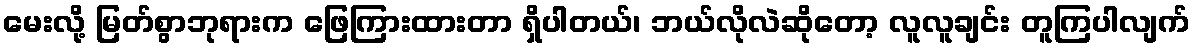
မေးလို့ မြတ်စွာဘုရားက ဖြေကြားထားတာ ရှိပါတယ်၊ ဘယ်လိုလဲဆိုတော့ လူလူချင်း တူကြပါလျက်